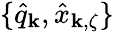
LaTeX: \{ \hat{q}_{\mathbf k},\hat{x}_{{\mathbf k},\zeta}\}